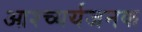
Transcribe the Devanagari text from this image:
आश्च्यर्यजनक